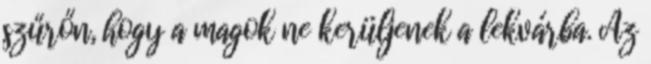
szűrőn, hogy a magok ne kerüljenek a lekvárba. Az